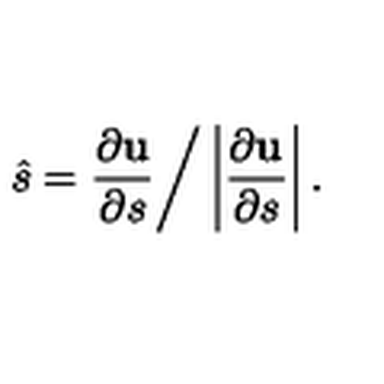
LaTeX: \hat { s } = \frac { \partial { \bf u } } { \partial s } \bigg / \left| \frac { \partial { \bf u } } { \partial s } \right| .